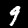
Digit: 9